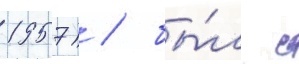
1957) / бы́л с